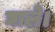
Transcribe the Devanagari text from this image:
घाले।